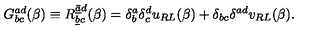
G _ { b c } ^ { a d } ( \beta ) \equiv R _ { \underline { b } c } ^ { \underline { { \bar { a } } } d } ( \beta ) = \delta _ { b } ^ { a } \delta _ { c } ^ { d } u _ { R L } ( \beta ) + \delta _ { b c } \delta ^ { a d } v _ { R L } ( \beta ) .